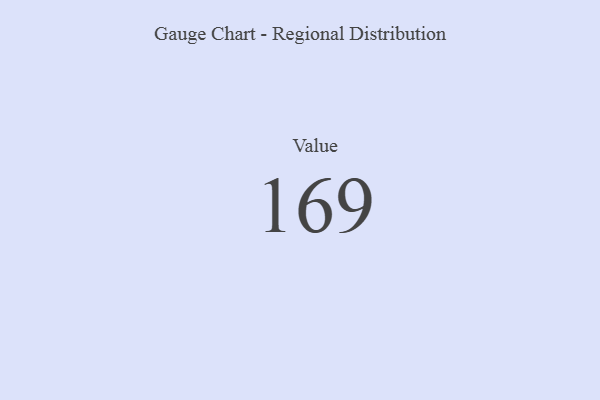
{"axis": {"x": "Metric", "y": "Value"}, "legend": [""], "data": [{"x": "Value", "y": 169, "type": ""}]}